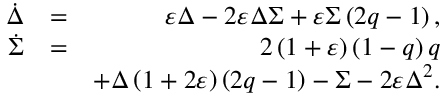
\begin{array} { r l r } { \dot { \Delta } } & { = } & { \varepsilon \Delta - 2 \varepsilon \Delta \Sigma + \varepsilon \Sigma \left( 2 q - 1 \right) , } \\ { \dot { \Sigma } } & { = } & { 2 \left( 1 + \varepsilon \right) \left( 1 - q \right) q } \\ & { } & { + \Delta \left( 1 + 2 \varepsilon \right) \left( 2 q - 1 \right) - \Sigma - 2 \varepsilon \Delta ^ { 2 } . } \end{array}